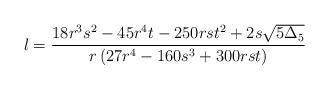
LaTeX: \begin{align*}l=\frac{18 r^3 s^2-45 r^4 t-250 r s t^2+2 s \sqrt{5\Delta_5}}{r \left(27 r^4-160 s^3+300 r s t\right)}\end{align*}